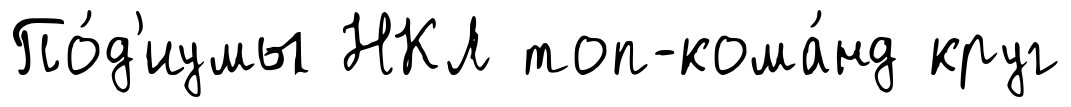
По́д'иумы НКЛ топ-кома́нд круг